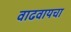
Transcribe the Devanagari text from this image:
वाढवायचा